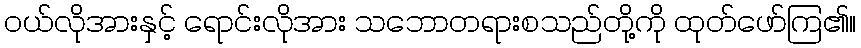
ဝယ်လိုအားနှင့် ရောင်းလိုအား သဘောတရားစသည်တို့ကို ထုတ်ဖော်ကြ၏။